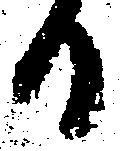
日